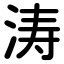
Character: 涛